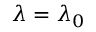
\lambda = \lambda _ { 0 }